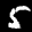
Label: 5